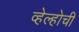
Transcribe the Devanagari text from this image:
व्हेल्होची